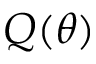
Q ( \theta )